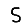
Digit: 5